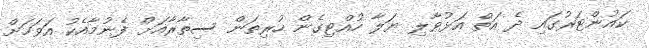
ކައުންޓަރުގައި ދެ އަތް އަޅުވާލި ޔަލާ ހުއްޓިގެން ހުރިތަން ސިތާރާއަށް ފެނުމާއެކު އަވަހަށް